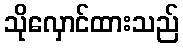
သိုလှောင်ထားသည်